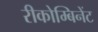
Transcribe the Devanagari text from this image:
रीकोम्बिनेंट